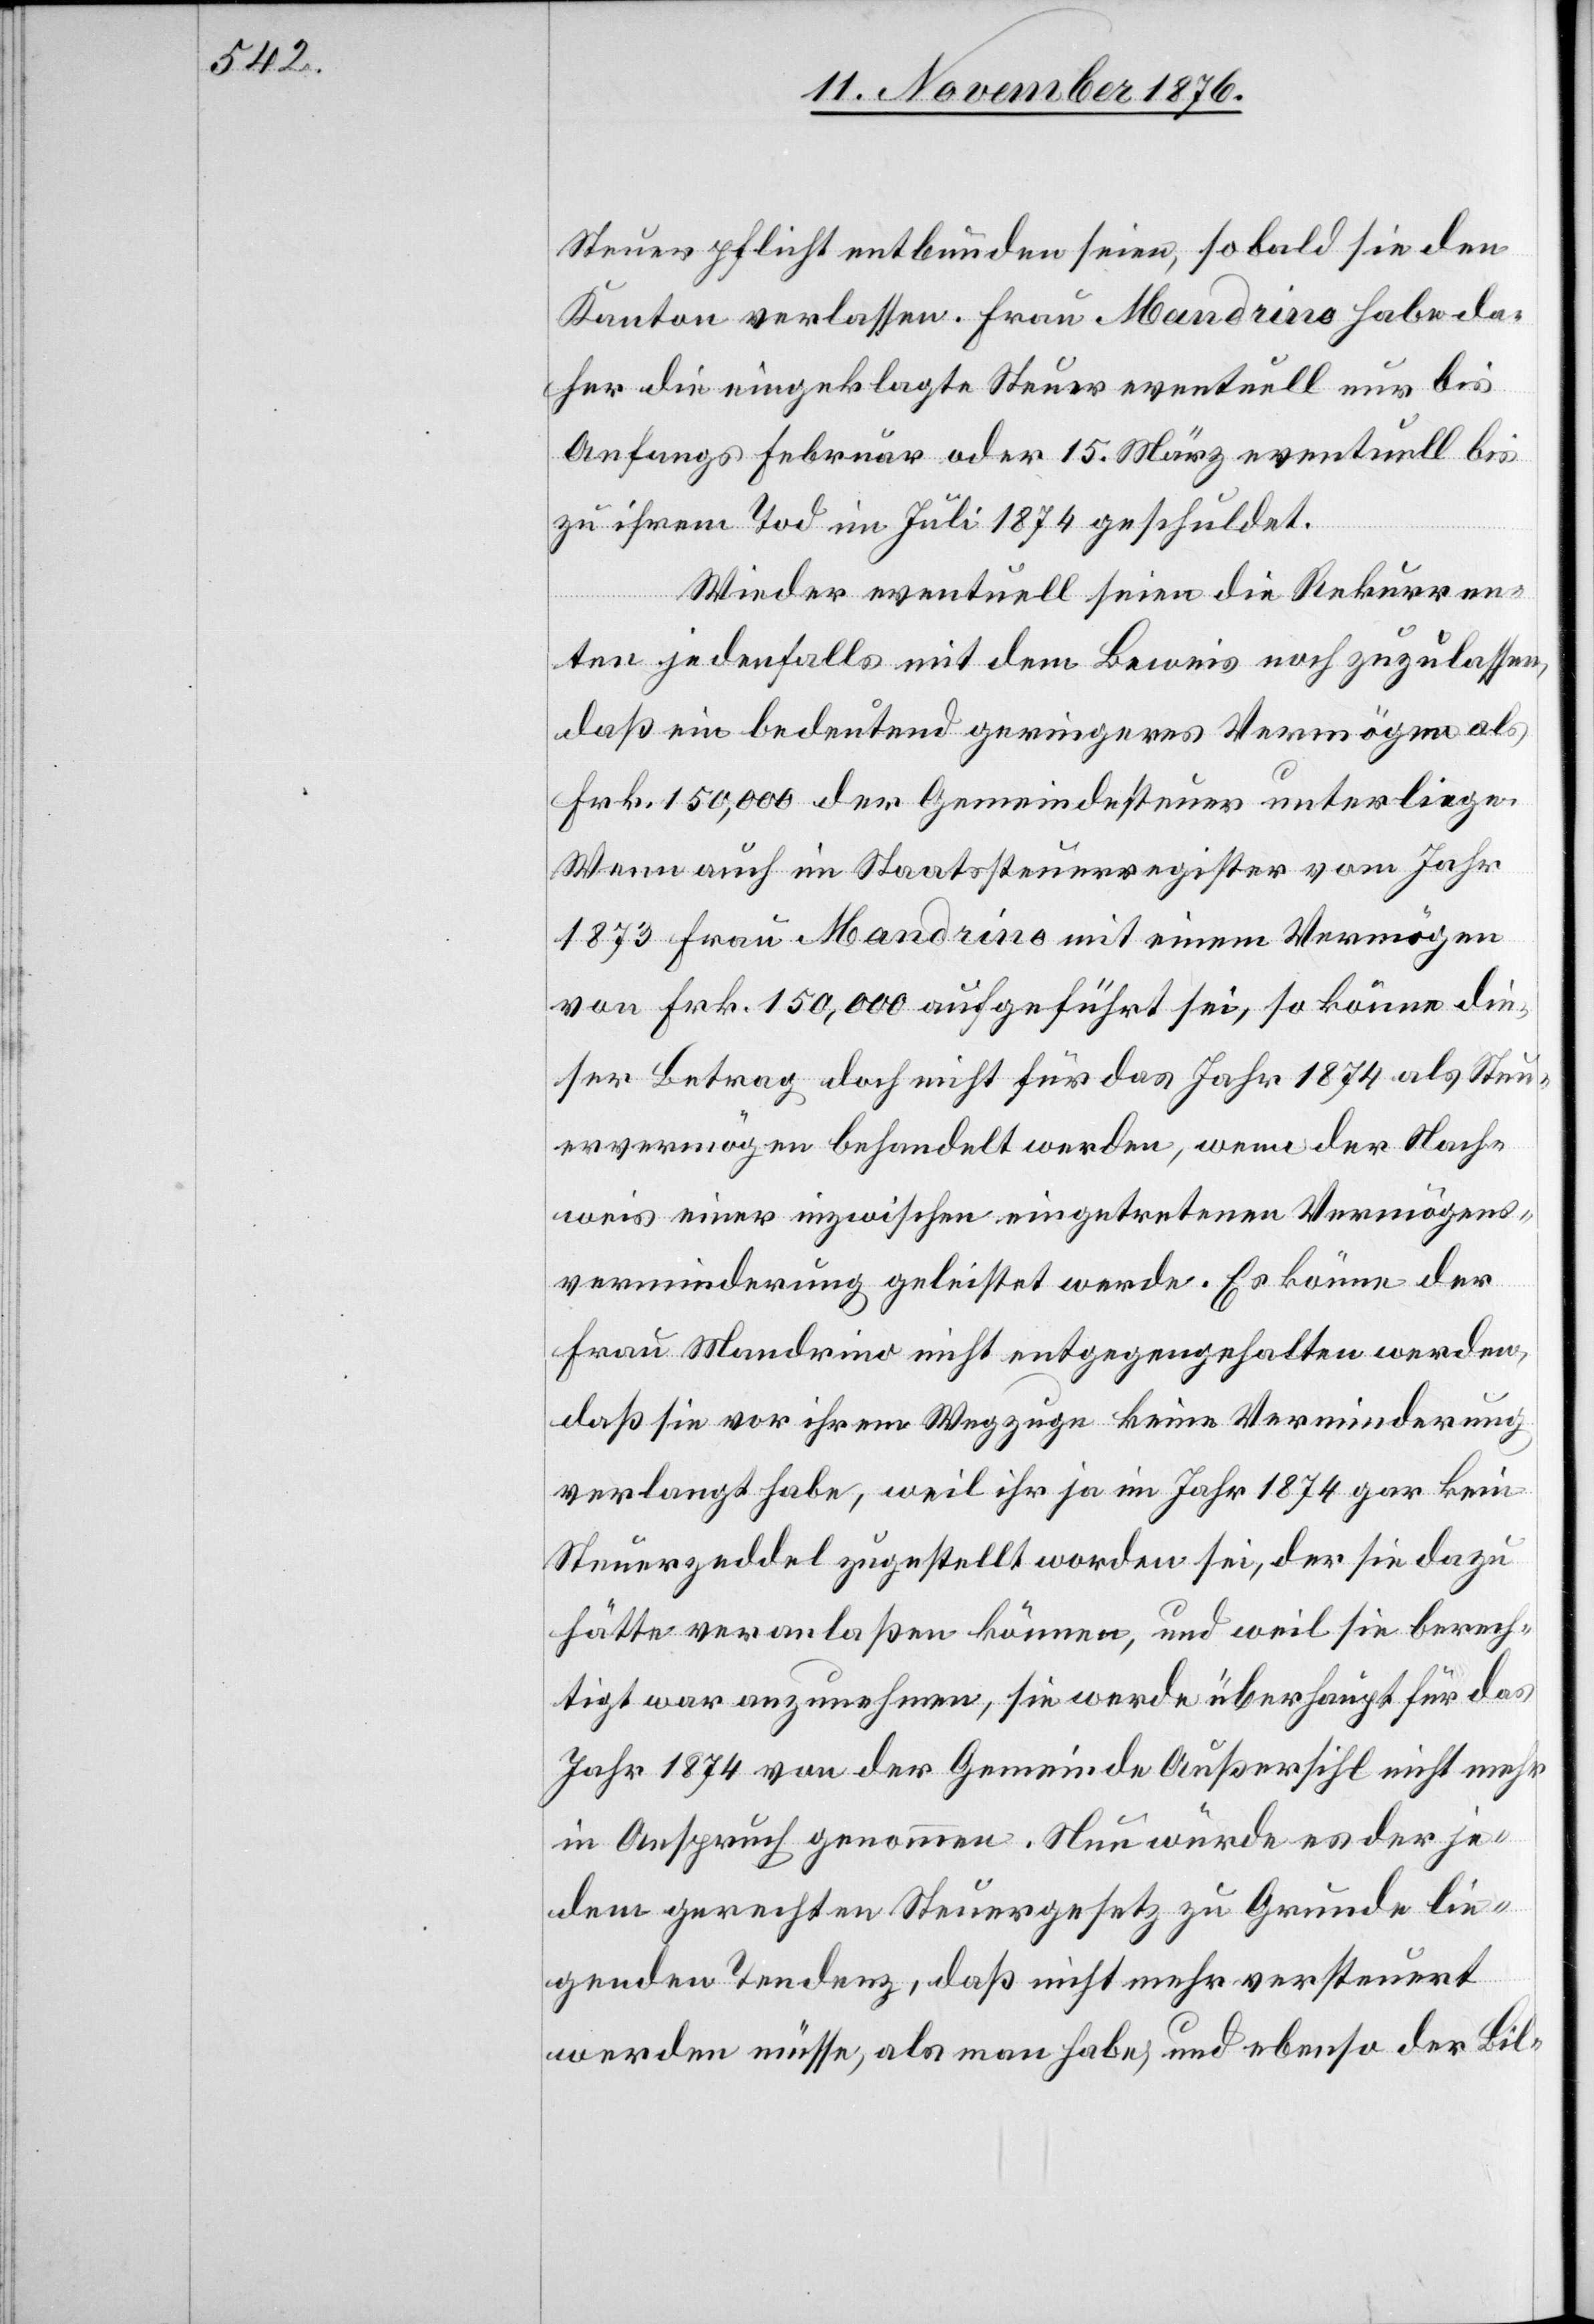
Steuerpflicht entbunden seien, so bald sie den
Kanton verlassen. Frau Mandrino habe da¬
her die eingeklagte Steuer eventuell nur bis
Anfangs Februar oder 15 März eventuell bis
zu ihrem Tod im Juli 1874 geschuldet.
Wieder eventuell seien die Rekurren¬
ten jedenfalls mit dem Beweis noch zuzulassen,
daß ein bedeutend geringeres Vermögen als
Frk. 150,000 der Gemeindesteuer unterliege.
Wenn auch im Staatssteuerregister vom Jahr
1873 Frau Mandrino mit einem Vermögen
von Frk. 150,000 aufgeführt sei, so könne die¬
ser Betrag doch nicht für das Jahr 1874 als Steu¬
ervermögen behandelt werden, wenn der Nach¬
weis einer inzwischen eingetretenen Vermögens¬
verminderung geleistet werde. Es könne der
Frau Mandrino nicht entgegengehalten werden,
daß sie vor ihrem Wegzuge keine Verminderung
verlangt habe, weil ihr ja im Jahr 1874 gar kein
Steuerzeddel zugestellt worden sei, der sie dazu
hätte veranlaßen können, und weil sie berech¬
tigt war anzunehmen, sie werde überhaupt für das
Jahr 1874 von der Gemeinde Außersihl nicht mehr
in Anspruch genommen. Nun würde es der je¬
dem gerechten Steuergesetz zu Grunde lie¬
genden Tendenz, daß nicht mehr versteuert
werden müsse, als man habe, und ebenso der Bil-